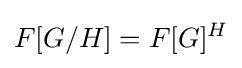
F[G/H]=F[G]^{H}